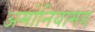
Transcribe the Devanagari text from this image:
अमोनियामय